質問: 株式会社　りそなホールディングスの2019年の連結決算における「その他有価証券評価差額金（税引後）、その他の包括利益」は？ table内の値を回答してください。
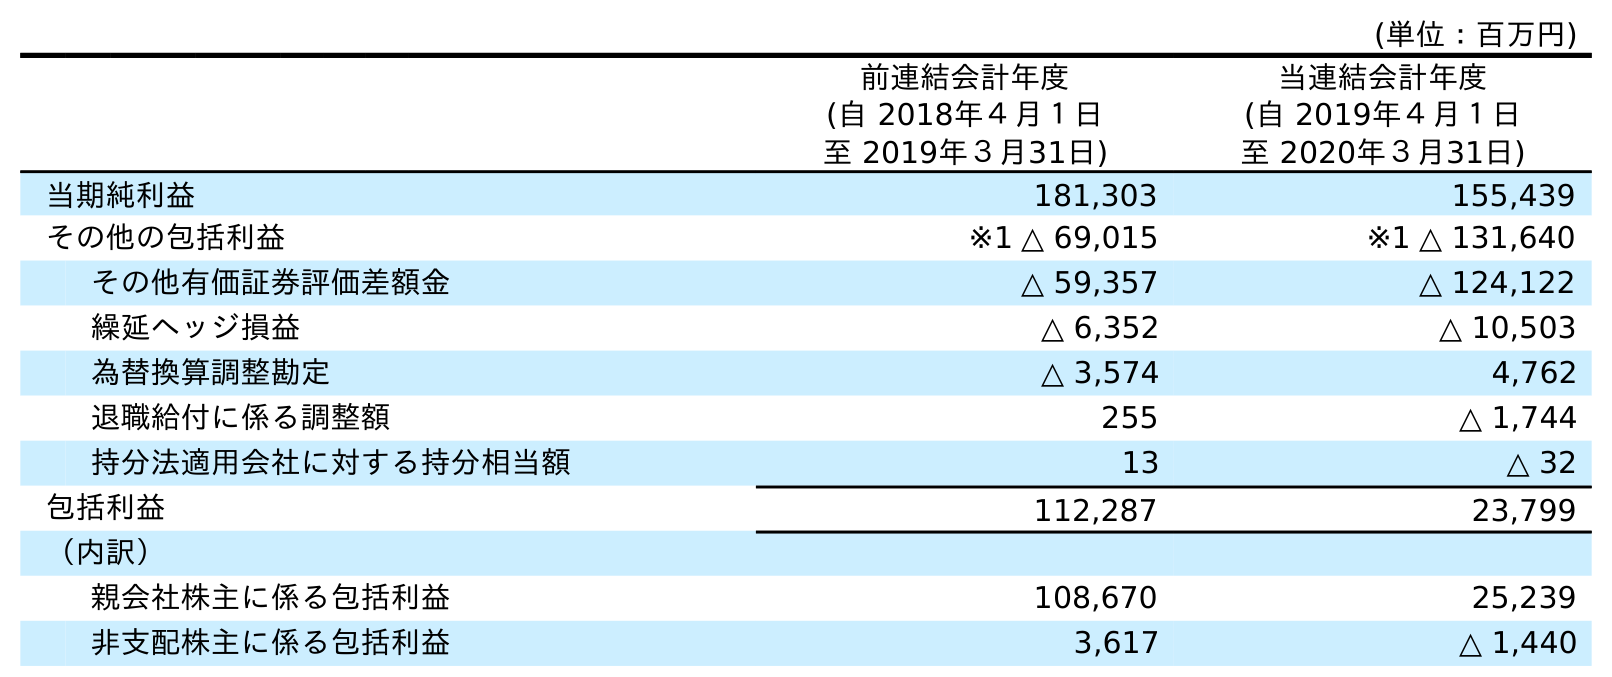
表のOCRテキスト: (単位：百万円) 前連結会計年度 (自 2018年４月１日 至 2019年３月31日) 当連結会計年度 (自 2019年４月１日 至 2020年３月31日) 当期純利益 181,303 155,439 その他の包括利益 ※1 △ 69,015 ※1 △ 131,640 その他有価証券評価差額金 △ 59,357 △ 124,122 繰延ヘッジ損益 △ 6,352 △ 10,503 為替換算調整勘定 △ 3,574 4,762 退職給付に係る調整額 255 △ 1,744 持分法適用会社に対する持分相当額 13 △ 32 包括利益 112,287 23,799 （内訳） 親会社株主に係る包括利益 108,670 25,239 非支配株主に係る包括利益 3,617 △ 1,440
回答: △59,357